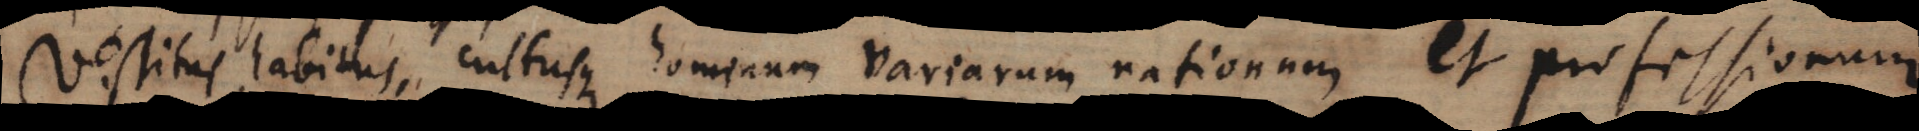
Vestitus, habitus, cultusque hominum variarum nationum et professionum.